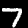
Label: 7